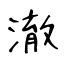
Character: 澈